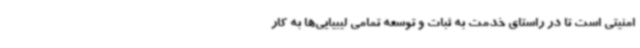
امنیتی است تا در راستای خدمت به ثبات و توسعه تمامی لیبیایی‌ها به کار